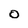
Character: 0